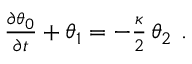
\begin{array} { r } { \frac { \partial \theta _ { 0 } } { \partial t } + \theta _ { 1 } = - \frac { \kappa } { 2 } \, \theta _ { 2 } \ . } \end{array}